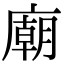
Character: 廟